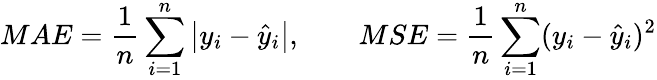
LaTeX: MAE=\frac{1}{n}\sum_{i=1}^{n}\left\lvert y_{i}-\hat{y}_{i}\right\rvert,\qquad MSE=\frac{1}{n}\sum_{i=1}^{n}(y_{i}-\hat{y}_{i})^{2}